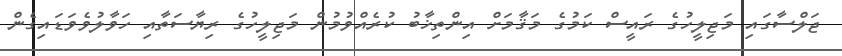
ޖަލްސާގައި މަޖިލީހުގެ ރައީސް ކަމުގެ މަޤާމަށް އިންތިޚާބު ކުރެއްވުމުން މަޖިލީހުގެ ރިޔާސަތާއި ހަވާލުވެވަޑައިގެން